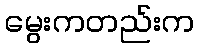
မွေးကတည်းက